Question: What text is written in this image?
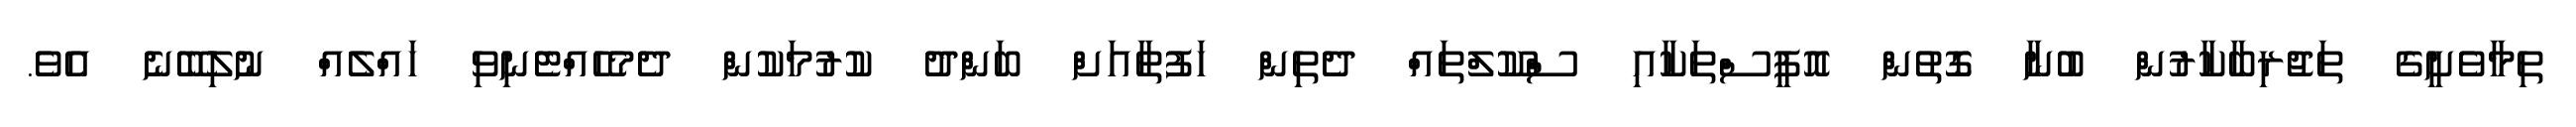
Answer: ތިމާވެށީގެ ތަޖުރިބާކާރުން ބުނާ ގޮތުން އޮފީސްތަކާއި ސްކޫލްތައް ދެތިން ހަފުތާއަށް ބަންދު ކުރުމަކުން ދެމެހެއްޓެނިވި ހައްލެއް ނުލިބޭނެ އެވެ.